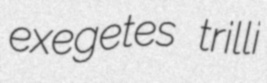
exegetes trilli